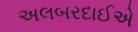
અલબરદાઈએ